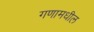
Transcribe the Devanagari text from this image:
गणामधील